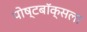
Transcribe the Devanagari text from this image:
पोष्टबॉक्सला